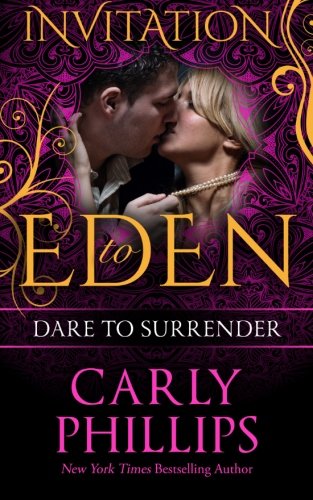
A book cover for Dare to Surrender  (Dare to Love) (Volume 3); Carly Phillips; Romance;